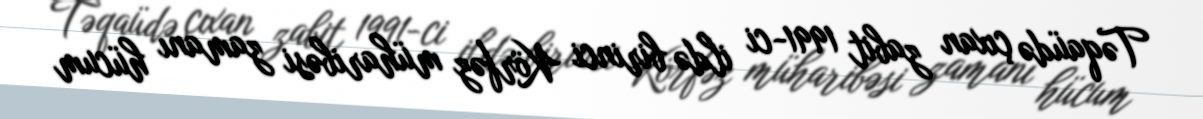
Təqaüdə çıxan zabit 1991-ci ildə birinci Körfəz müharibəsi zamanı hücum